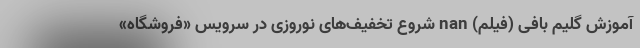
آموزش گلیم بافی (فیلم) nan شروع تخفیف‌های نوروزی در سرویس «فروشگاه»